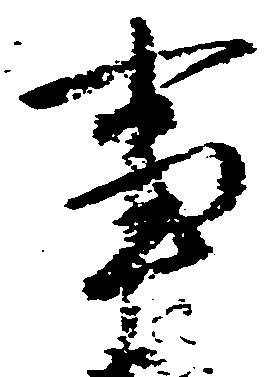
事